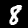
Label: 8